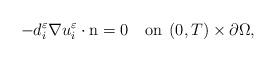
LaTeX: \begin{align*}-d_{i}^{\varepsilon}\nabla u_{i}^{\varepsilon}\cdot\mbox{n}=0\quad\mbox{on}\;\left(0,T\right)\times\partial\Omega,\end{align*}